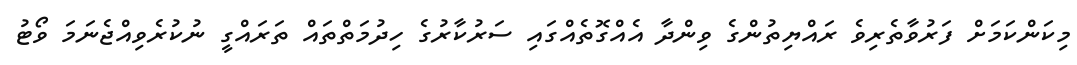
މިކަންކަމަށް ފަރުވާތެރިވެ ރައްޔިތުންގެ ވިންދާ އެއްގޮތެއްގައި ސަރުކާރުގެ ހިދުމަތްތައް ތަރައްގީ ނުކުރެވިއްޖެނަމަ ވޯޓު